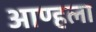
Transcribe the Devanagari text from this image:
आण्हला